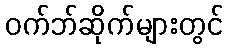
ဝက်ဘ်ဆိုက်များတွင်